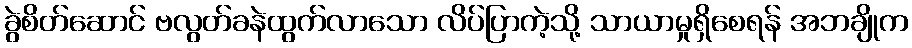
ခွဲစိတ်ဆောင် ဗလွတ်ခနဲထွက်လာသော လိပ်ပြာကဲ့သို့ သာယာမှုရှိစေရန် အဘချိုက